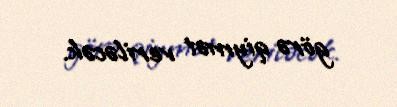
görə qiymət veriləcək.